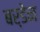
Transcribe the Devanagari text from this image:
बर्डेन